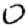
Digit: 0